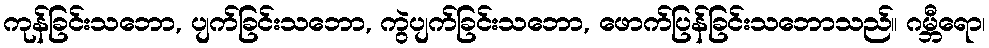
ကုန်ခြင်းသဘော, ပျက်ခြင်းသဘော, ကွဲပျက်ခြင်းသဘော, ဖောက်ပြန်ခြင်းသဘောသည်။ ဂမ္ဘီရော၊